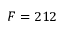
F = 2 1 2